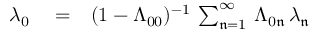
\begin{array} { r l r } { \lambda _ { 0 } } & { { } = } & { ( 1 - \Lambda _ { 0 0 } ) ^ { - 1 } \, \sum _ { \mathfrak { n } = 1 } ^ { \infty } \, \Lambda _ { 0 \mathfrak { n } } \, \lambda _ { \mathfrak { n } } } \end{array}